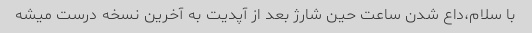
با سلام،داع شدن ساعت حین شارژ بعد از آپدیت به آخرین نسخه درست میشه